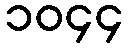
၁၀၄၄